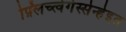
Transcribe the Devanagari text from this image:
फ़्लिच्त्वेर्गेस्सेन्हेइत